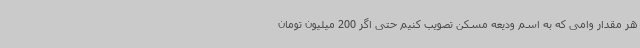
هر مقدار وامی که به اسم ودیعه مسکن تصویب کنیم حتی اگر 200 میلیون تومان